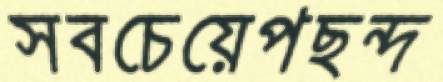
সবচেয়েপছন্দ